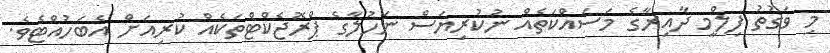
މި ވަގުތު ފިލްމީ ދާއިރާގެ މަސައްކަތެއް ނުކުރިޔަސް ނަހުލާގެ ޕްރޮޖެކްޓްތަކެއް ކުރިއަށް އެބަހުއްޓެވެ.